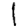
Digit: 1